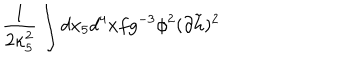
\frac { 1 } { 2 \kappa _ { 5 } ^ { 2 } } \int d x _ { 5 } d ^ { 4 } x f g ^ { - 3 } \phi ^ { 2 } ( \partial \tilde { h } ) ^ { 2 }